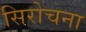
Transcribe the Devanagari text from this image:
सिरोचना